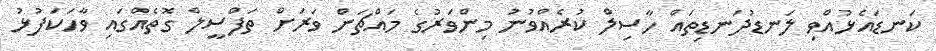
ކަނޑައެޅުއްވި ލަނޑުދަނޑިތައް ހާސިލް ކުރެއްވުނު މިންވަރުގެ މައްޗަށް ވަރަށް ތަފްސީލް ގޮތެއްގައި ވާހަކަފުޅު